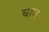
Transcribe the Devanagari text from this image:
चाच